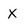
Character: X